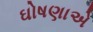
ઘોષણાએ